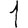
Digit: 1